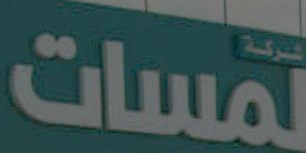
لمسات